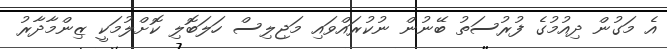
އެ މަގުން ދިއުމުގެ ފުރުސަތު ބޭނުން ނުކުރައްވައި މަޖިލިސް ހަލަބޮލި ކޮށްލުމަކީ ޒިންމާދާރު